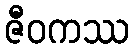
ဇီဝကဿ